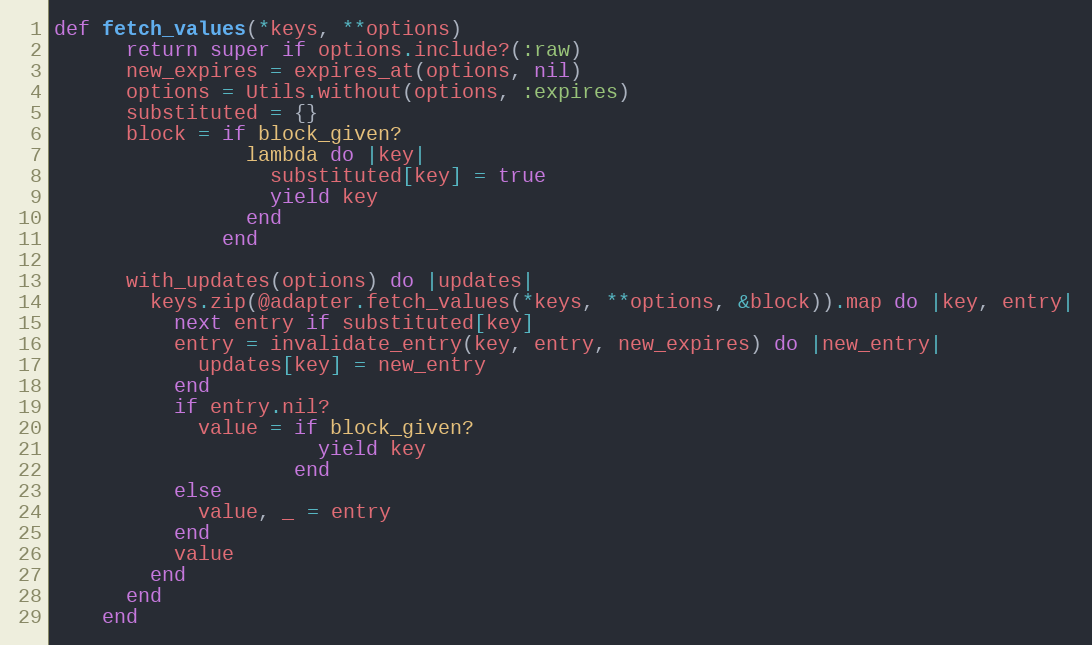
Language: Ruby
def fetch_values(*keys, **options)
      return super if options.include?(:raw)
      new_expires = expires_at(options, nil)
      options = Utils.without(options, :expires)
      substituted = {}
      block = if block_given?
                lambda do |key|
                  substituted[key] = true
                  yield key
                end
              end

      with_updates(options) do |updates|
        keys.zip(@adapter.fetch_values(*keys, **options, &block)).map do |key, entry|
          next entry if substituted[key]
          entry = invalidate_entry(key, entry, new_expires) do |new_entry|
            updates[key] = new_entry
          end
          if entry.nil?
            value = if block_given?
                      yield key
                    end
          else
            value, _ = entry
          end
          value
        end
      end
    end